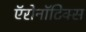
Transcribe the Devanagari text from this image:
ऍरोनॉटिक्स